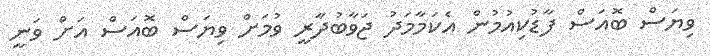
ވިޔަސް ބޮއަސް ފާޑުކިއުމުން އެކަމާމަދު ޖަވާބުދާރީ ވުމަށް ވިޔަސް ބޮއަސް އަށް ވަނީ